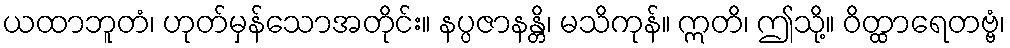
ယထာဘူတံ၊ ဟုတ်မှန်သောအတိုင်း။ နပ္ပဇာနန္တိ၊ မသိကုန်။ ဣတိ၊ ဤသို့။ ဝိတ္ထာရေတဗ္ဗံ၊